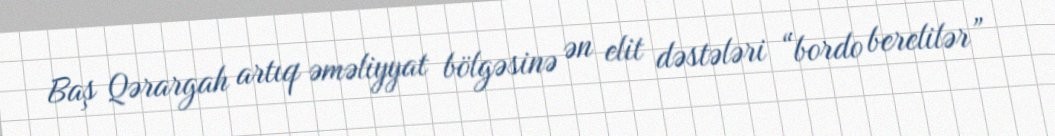
Baş Qərargah artıq əməliyyat bölgəsinə ən elit dəstələri “bordo berelilər”